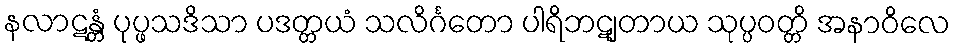
နလာဋန္တံ ပုပ္ဖသဒိသာ ပဒတ္တယံ သလိင်္ဂတော ပါရိဘဋျတာယ သုပ္ပဝတ္တိ အနာဝိလေ